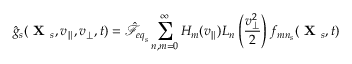
\hat { g } _ { s } ( \textbf { X } _ { s } , v _ { \parallel } , v _ { \perp } , t ) = \hat { \mathcal { F } } _ { { e q } _ { s } } \sum _ { n , m = 0 } ^ { \infty } H _ { m } ( v _ { \parallel } ) L _ { n } \left( \frac { v _ { \perp } ^ { 2 } } { 2 } \right) f _ { m n _ { s } } ( \textbf { X } _ { s } , t )